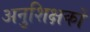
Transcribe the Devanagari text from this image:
अनुशिक्षकों